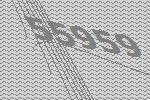
55959